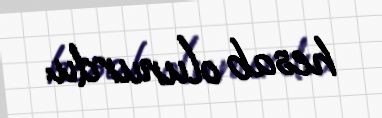
hesab olunurdu.